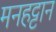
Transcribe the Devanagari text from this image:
मनहट्टान